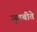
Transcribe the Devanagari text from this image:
जुगबीते